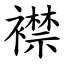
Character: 襟